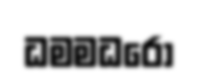
ධමමධරො